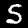
Label: 5